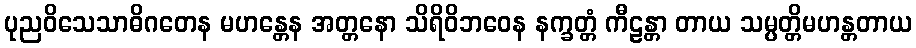
ပုညဝိသေသာဓိဂတေန မဟန္တေန အတ္တနော သိရိဝိဘဝေန နက္ခတ္တံ ကီဠန္တာ တာယ သမ္ပတ္တိမဟန္တတာယ